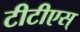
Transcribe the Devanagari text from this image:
टीटीएस्